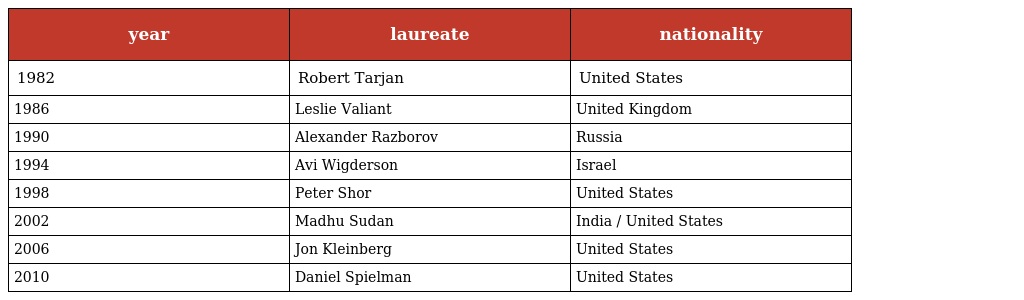
| year | laureate | nationality |
 | --- | --- | --- |
 | 1982 | Robert Tarjan | United States |
 | 1986 | Leslie Valiant | United Kingdom |
 | 1990 | Alexander Razborov | Russia |
 | 1994 | Avi Wigderson | Israel |
 | 1998 | Peter Shor | United States |
 | 2002 | Madhu Sudan | India / United States |
 | 2006 | Jon Kleinberg | United States |
 | 2010 | Daniel Spielman | United States |